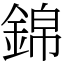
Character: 錦